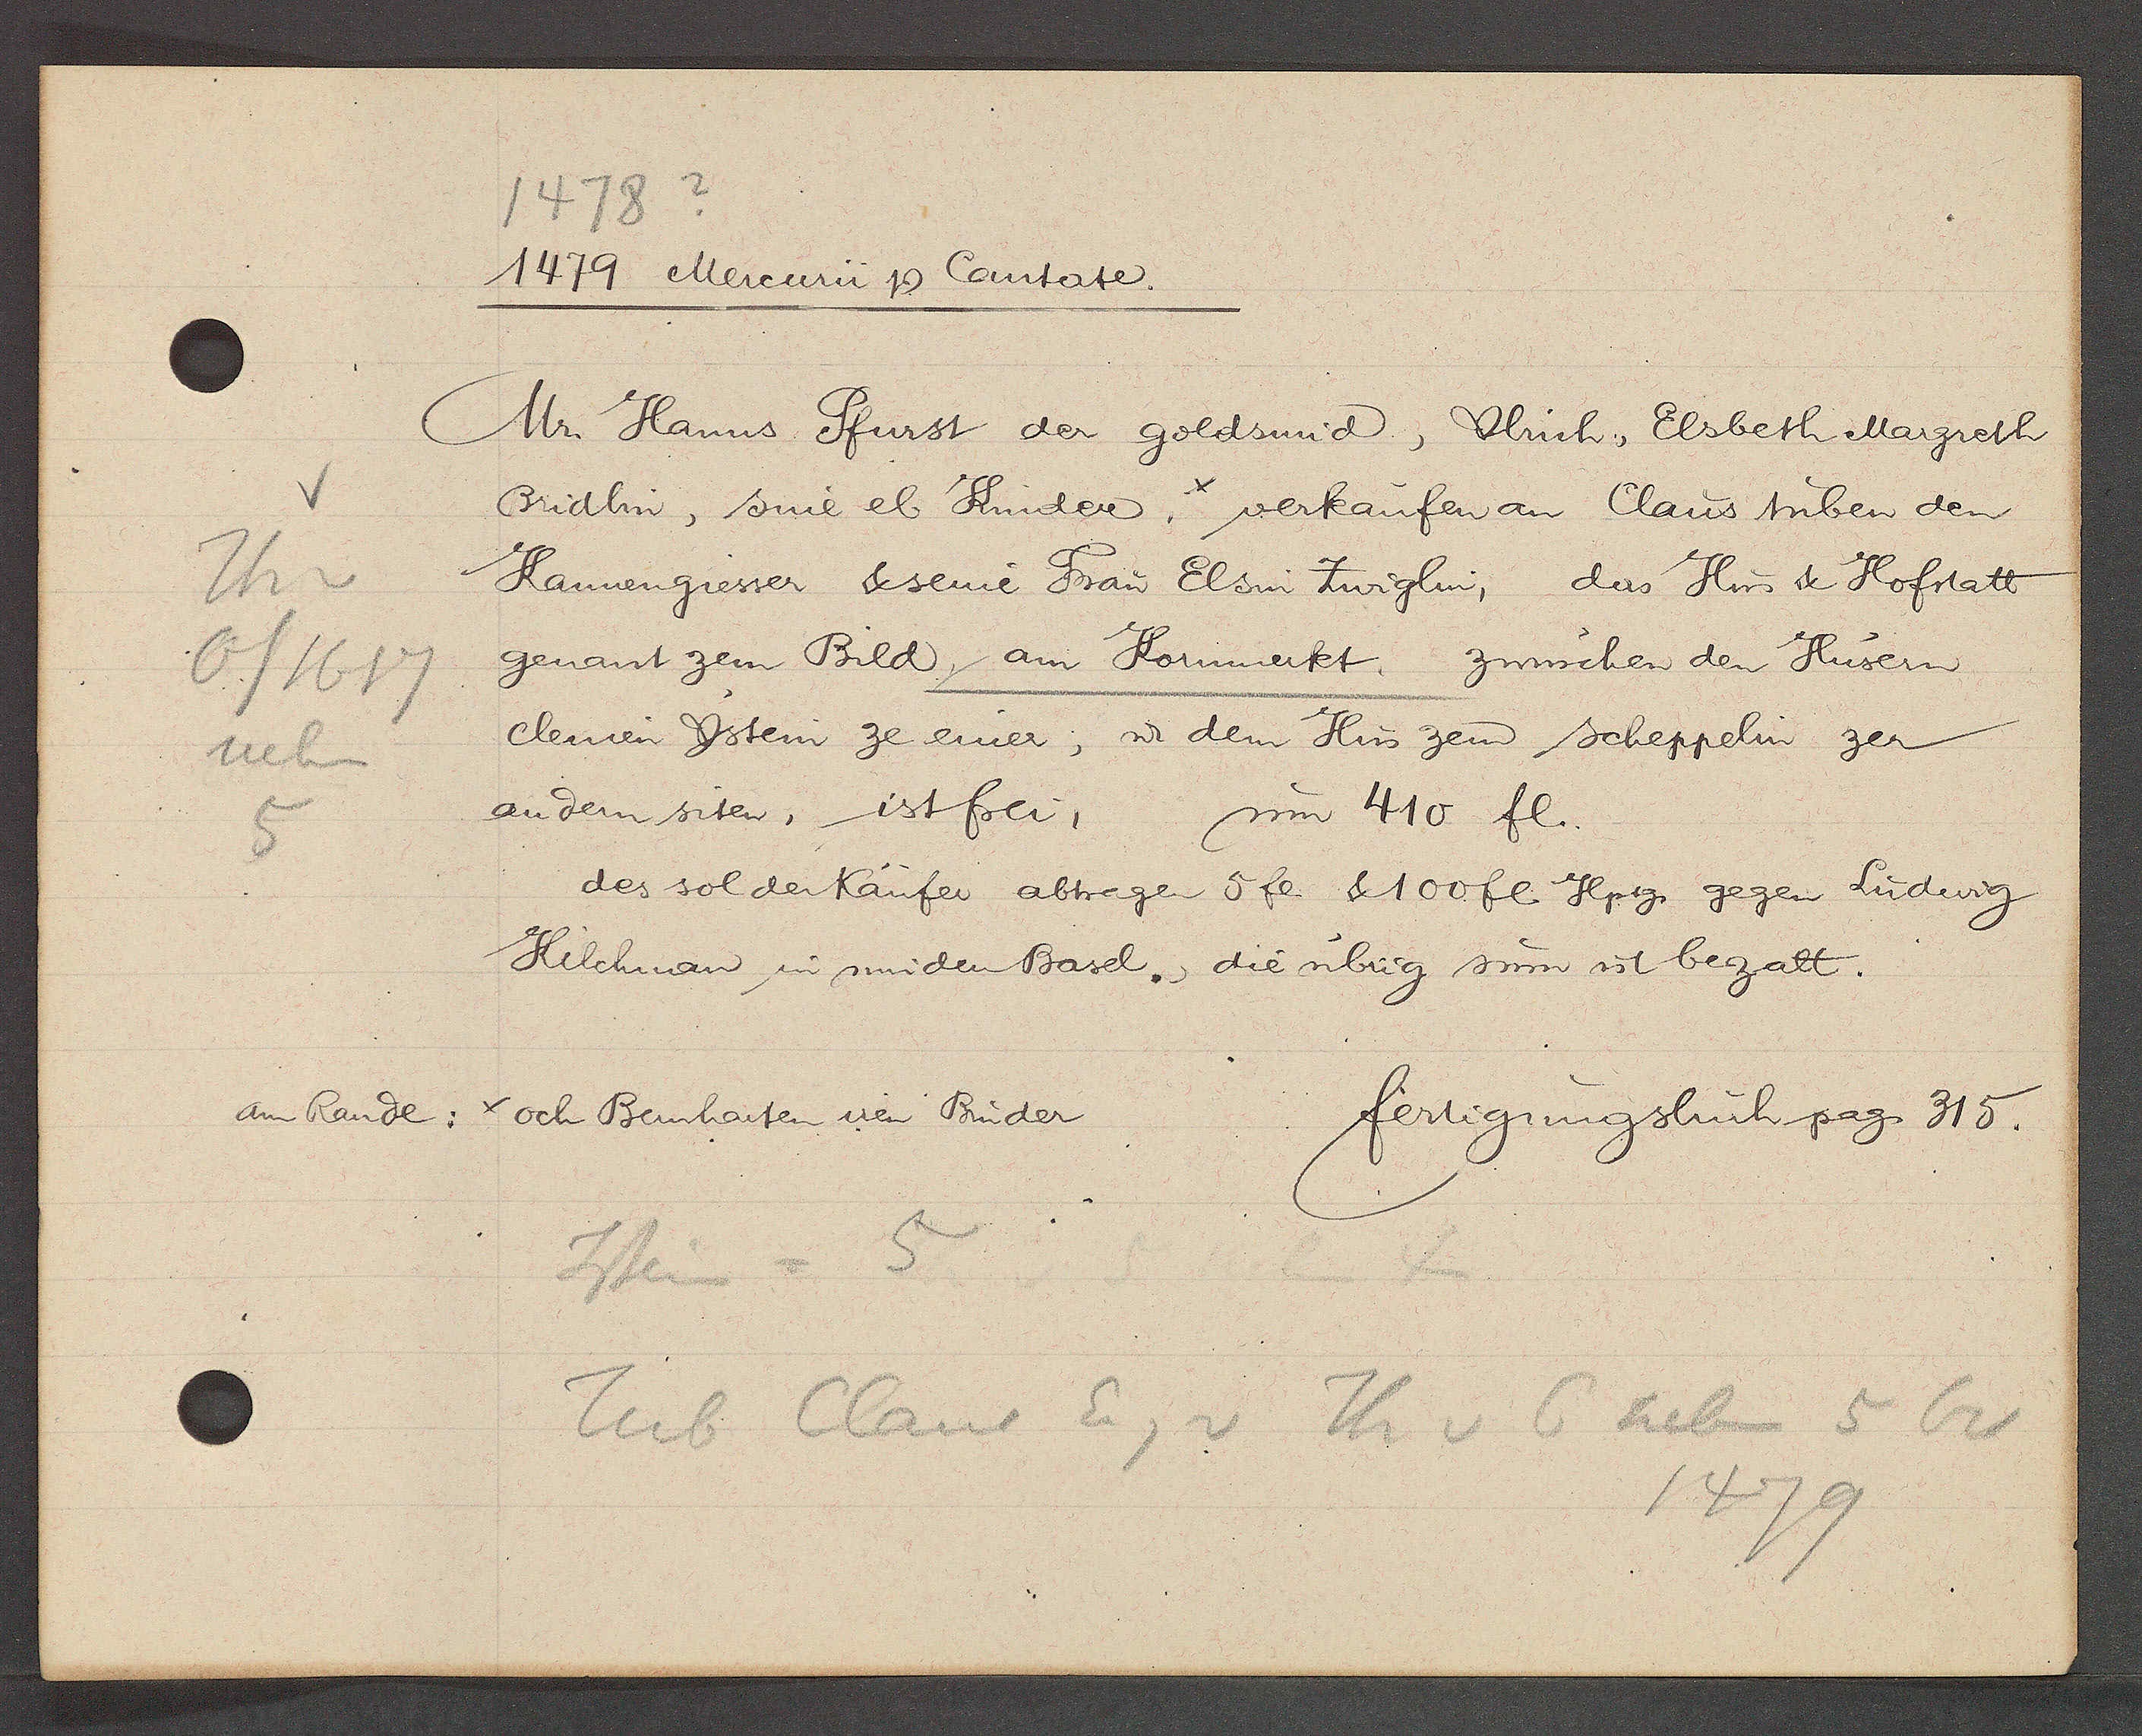
Transcript:
V
Th v
6/1617
neben
5

1478?
1479 Mercurii Ƿ Contate.

Mr. Hanns Pfurst der goldsmid, Ulrich, Elsbeth Margreth
Bridlin, sine el Kinder, verkaufen an Claus tuben den
Kannengiesser & seine Frau Elsin Zwiglin, das Hus & Hofstatt
genant zem Bild, am Korumerkt, zwüschen den Hüsern
Clemen Jstein ze einer, ư dem Hus zem scheppelin zer
andern siten, ist frei, um 410 fl.
des sol den Käufer abtregen 5 fl. & 100 fl. Hptg. gegen Ludwig
Kilchman in mindern Basel., die übrig sum ist bezalt.

am Rande:
och Bernharten iren Brüder

fertigungsbuch pag. 315.

Istein = 5
Iub Claus Eig v Th v 6 neben 5 bis
1479